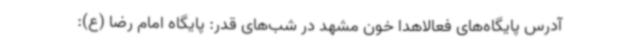
آدرس پایگاه‌های فعالاهدا خون مشهد در شب‌های قدر: پایگاه امام رضا (ع):